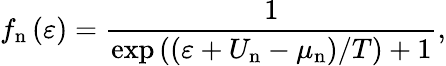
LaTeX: f_{\mathrm{n}}\left(\varepsilon\right)=\frac{1}{\exp\left(\left(\varepsilon+U_{\mathrm{n}}-\mu_{\mathrm{n}}\right)/T\right)+1},